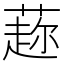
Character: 𦼜